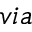
v i a